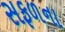
સફળના